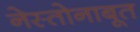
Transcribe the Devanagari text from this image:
नेस्तोनाबूत